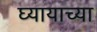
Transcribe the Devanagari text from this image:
घ्यायाच्या